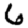
Digit: 6